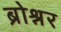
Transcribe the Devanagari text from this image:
ब्रोश्नर